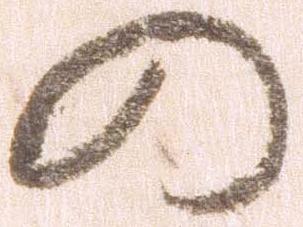
の